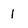
Character: 1